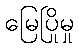
မြေပြိုမှု